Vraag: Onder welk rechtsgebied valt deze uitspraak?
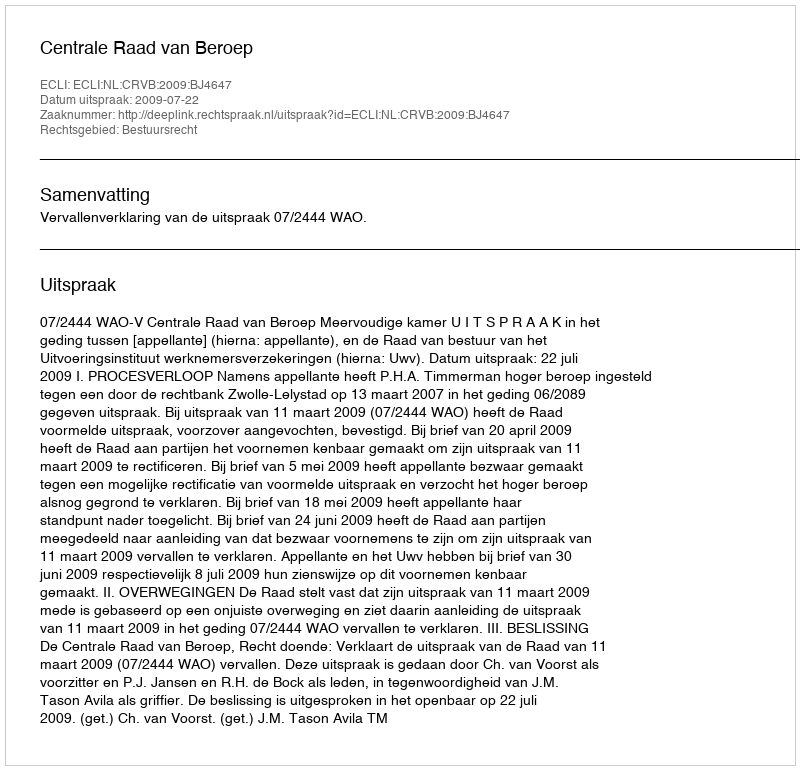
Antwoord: Bestuursrecht